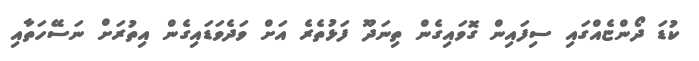
ކުޑަ ދޯންޏެއްގައި ސިފައިން ގޮވައިގެން ތިނަދޫ ފަޅުތެރެ އަށް ވަދެވަޑައިގެން އިތުރަށް ނަސޭހަތާއި